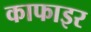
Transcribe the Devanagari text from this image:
काफाइर